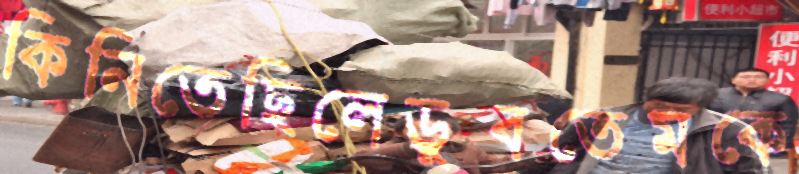
কিনিতেছিলেডুবতেমকে